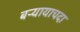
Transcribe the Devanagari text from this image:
बऱ्यायाचदा